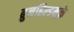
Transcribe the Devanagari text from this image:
ब्रुनहिल्डमुळे